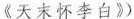
《天末怀李白》）